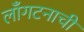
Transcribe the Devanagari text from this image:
लाँगटनाची